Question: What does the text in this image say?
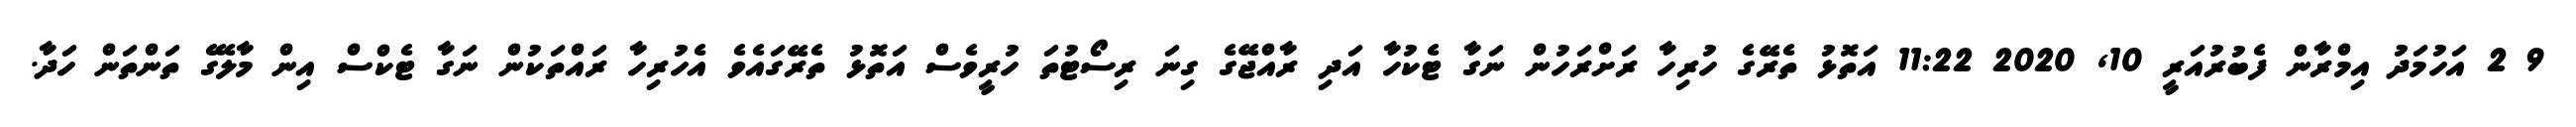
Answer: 9 2 އަހުމަދު އިމްރާން ފެބުރުއަރީ 10, 2020 11:22 އަތޮޅު ތެރޭގެ ހުރިހާ ރަށްރަހުން ނަގާ ޓެކުހާ އަދި ރާއްޖޭގެ ގިނަ ރިސޯޓުތަ ހުރީވެސް އަތޮޅު ތެރޭގައެވެ އެހުރިހާ ރައްތަކުން ނަގާ ޓެކްސް އިން މާލޭގެ ތަންތަން ހަދާ.